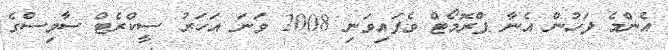
އެންމެ ފަހުން އެނާ ޕްރޮމޯޓް ވެފައިވަނި 2008 ވަނަ އަހަރު ސީކްރެޓް ސާވިސްގެ